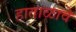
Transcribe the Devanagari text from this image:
हाताळावे